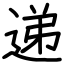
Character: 递